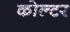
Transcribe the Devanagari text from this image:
कोल्टर